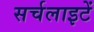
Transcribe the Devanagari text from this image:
सर्चलाइटें